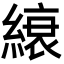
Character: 縗